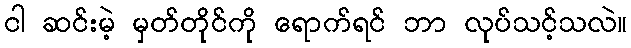
ငါ ဆင်းမဲ့ မှတ်တိုင်ကို ရောက်ရင် ဘာ လုပ်သင့်သလဲ။